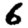
Digit: 6